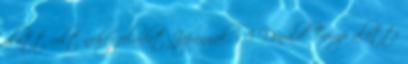
alatt volt nehéz feladat Japánnak. A Donald Trump alatti